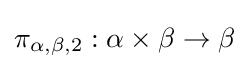
\pi _{\alpha ,\beta ,2}:\alpha \times \beta \to \beta